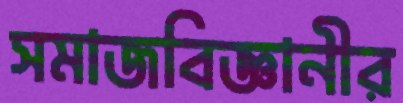
সমাজবিজ্ঞানীর